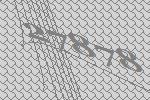
27878